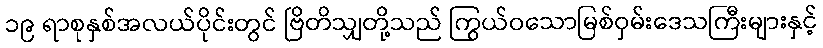
၁၉ ရာစုနှစ်အလယ်ပိုင်းတွင် ဗြိတိသျှတို့သည် ကြွယ်ဝသောမြစ်ဝှမ်းဒေသကြီးများနှင့်